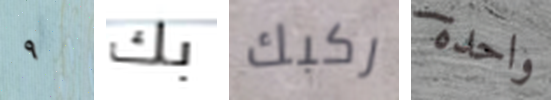
٩ بك ركبك واحدة